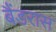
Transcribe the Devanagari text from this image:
बैंडरास